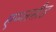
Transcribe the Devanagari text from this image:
एप्प्लसीड